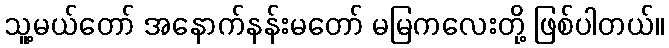
သူ့မယ်တော် အနောက်နန်းမတော် မမြကလေးတို့ ဖြစ်ပါတယ်။